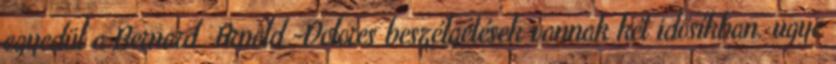
egyedül a Bernard Arnold -Dolores beszélgetések vannak két idősíkban. ugye